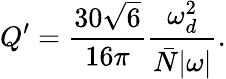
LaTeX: Q^{\prime}=\frac{30\sqrt{6}}{16\pi}\frac{\omega_{d}^{2}}{\bar{N}|\omega|}.